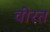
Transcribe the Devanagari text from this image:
वीरत